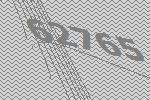
62765